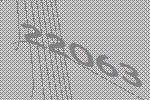
22063